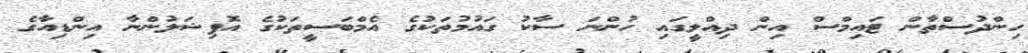
ހިންދުސްތާން ޓައިމްސް އިން ދިއްލީގައި ހުންނަ ސާކު ގައުމުތަކުގެ އެމްބަސީތަކުގެ އޮފިޝަލުންނާ އިންޑިއާގެ